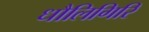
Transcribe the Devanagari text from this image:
धौलिगिरि